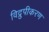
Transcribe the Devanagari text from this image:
विद्रुपीकरण